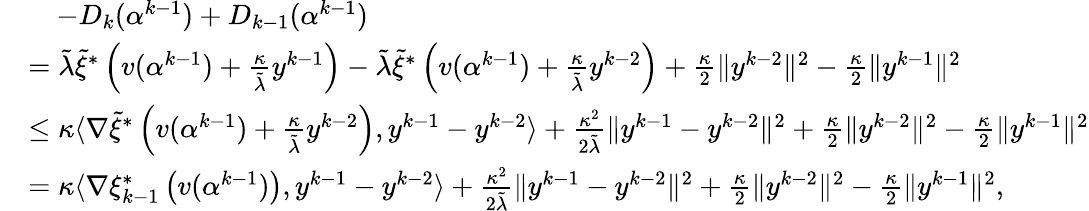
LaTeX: \begin{array}{rl}&{\quad-D_{k}(\alpha^{k-1})+D_{k-1}(\alpha^{k-1})}\\ &{={\tilde{\lambda}}{\tilde{\xi}}^{*}\left(v(\alpha^{k-1})+\frac{\kappa}{{\tilde{\lambda}}}y^{k-1}\right)-{\tilde{\lambda}}{\tilde{\xi}}^{*}\left(v(\alpha^{k-1})+\frac{\kappa}{{\tilde{\lambda}}}y^{k-2}\right)+\frac{\kappa}{2}\| y^{k-2}\| ^{2}-\frac{\kappa}{2}\| y^{k-1}\| ^{2}}\\ &{\leq\kappa\langle\nabla{\tilde{\xi}}^{*}\left(v(\alpha^{k-1})+\frac{\kappa}{{\tilde{\lambda}}}y^{k-2}\right),y^{k-1}-y^{k-2}\rangle+\frac{\kappa^{2}}{2{\tilde{\lambda}}}\| y^{k-1}-y^{k-2}\| ^{2}+\frac{\kappa}{2}\| y^{k-2}\| ^{2}-\frac{\kappa}{2}\| y^{k-1}\| ^{2}}\\ &{=\kappa\langle\nabla{\xi}_{k-1}^{*}\left(v(\alpha^{k-1})\right),y^{k-1}-y^{k-2}\rangle+\frac{\kappa^{2}}{2{\tilde{\lambda}}}\| y^{k-1}-y^{k-2}\| ^{2}+\frac{\kappa}{2}\| y^{k-2}\| ^{2}-\frac{\kappa}{2}\| y^{k-1}\| ^{2},}\end{array}